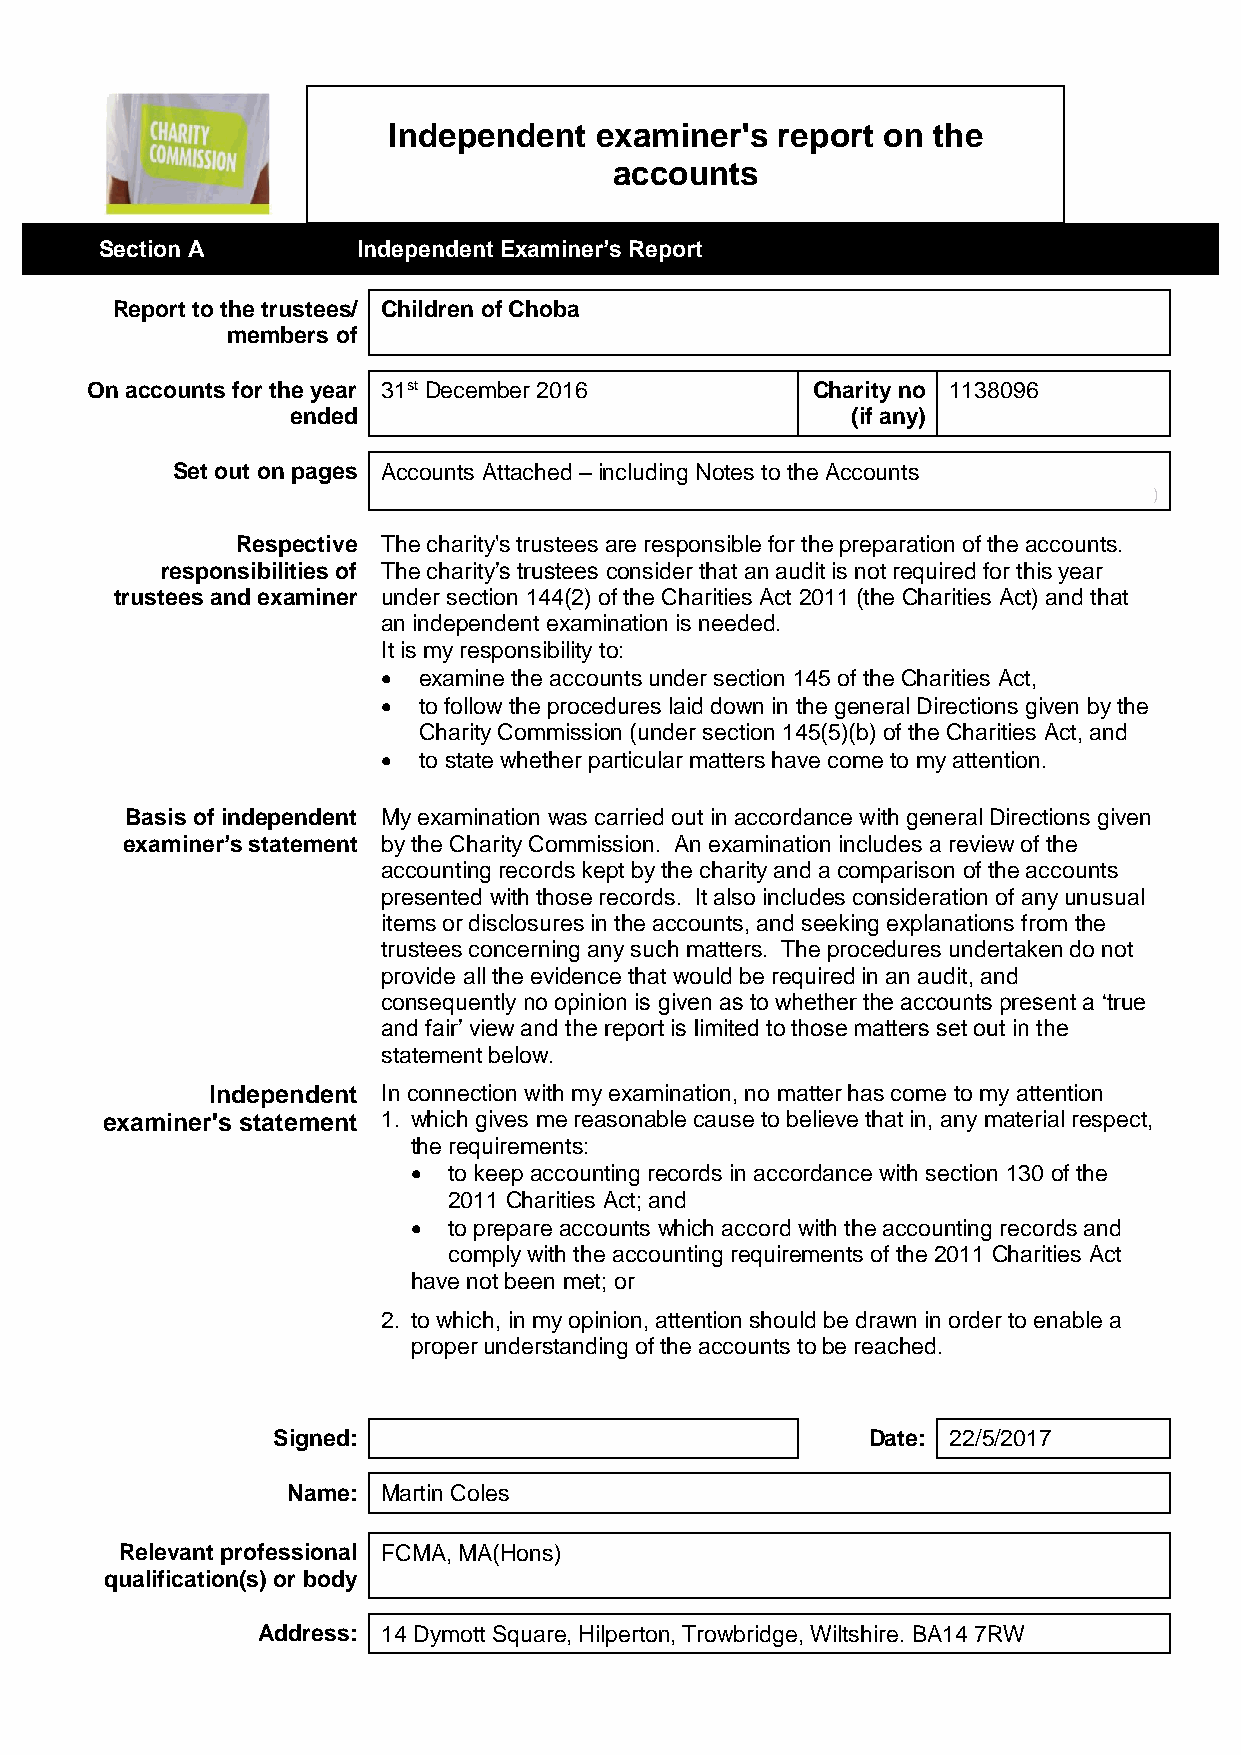
Independent  examiner's  report on  the
 accounts
 Section A        Independent Examiner’s Report
 Report to the trustees/ Children of Choba
 members of
 On accounts for the year 31st December 2016     Charity no 1138096
 ended                                (if any)
 Set out on pages Accounts Attached – including Notes to the Accounts
 )
 Respective The charity's trustees are responsible for the preparation of the accounts.
 responsibilities of The charity’s trustees consider that an audit is not required for this year
 trustees and examiner under section 144(2) of the Charities Act 2011 (the Charities Act) and that
 an independent examination is needed.
 It is my responsibility to:
   examine the accounts under section 145 of the Charities Act,
   to follow the procedures laid down in the general Directions given by the
 Charity Commission (under section 145(5)(b) of the Charities Act, and
   to state whether particular matters have come to my attention.
 Basis of independent My examination was carried out in accordance with general Directions given
 examiner’s statement by the Charity Commission. An examination includes a review of the
 accounting records kept by the charity and a comparison of the accounts
 presented with those records. It also includes consideration of any unusual
 items or disclosures in the accounts, and seeking explanations from the
 trustees concerning any such matters. The procedures undertaken do not
 provide all the evidence that would be required in an audit, and
 consequently no opinion is given as to whether the accounts present a ‘true
 and fair’ view and the report is limited to those matters set out in the
 statement below.
 Independent In connection with my examination, no matter has come to my attention
 examiner's statement 1. which gives me reasonable cause to believe that in, any material respect,
 the requirements:
   to keep accounting records in accordance with section 130 of the
 2011 Charities Act; and
   to prepare accounts which accord with the accounting records and
 comply with the accounting requirements of the 2011 Charities Act
 have not been met; or
 2. to which, in my opinion, attention should be drawn in order to enable a
 proper understanding of the accounts to be reached.
 Signed:                                Date: 22/5/2017
 Name: Martin Coles
 Relevant professional FCMA, MA(Hons)
 qualification(s) or body
 Address: 14 Dymott Square, Hilperton, Trowbridge, Wiltshire. BA14 7RW